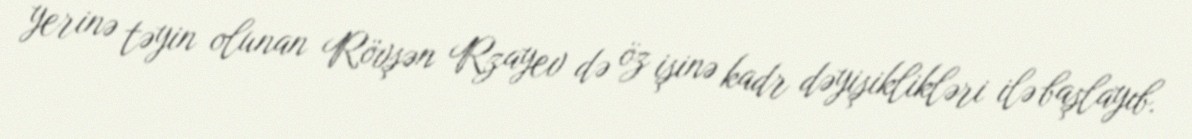
yerinə təyin olunan Rövşən Rzayev də öz işinə kadr dəyişiklikləri ilə başlayıb.